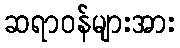
ဆရာဝန်များအား